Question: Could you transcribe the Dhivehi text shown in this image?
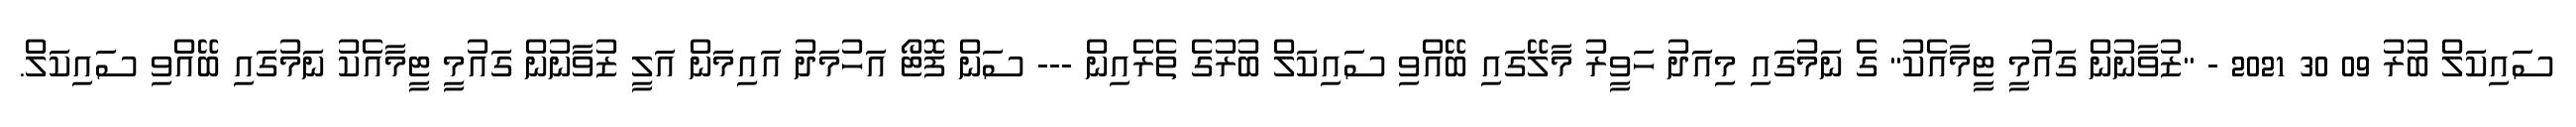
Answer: ސައިކަލް ބުރު 09 30 2021 - "ޒުވާނުން ގައުމީ ޓީމާއެކު" ގެ ނަމުގައި މިއަދު ހަވީރު މާލޭގައި ބޭއްވި ސައިކަލް ބުރުގެ ތެރެއިން --- ސަން ފޮޓޯ އަހުމަދު އައިމަން އަލީ ޒުވާނުން ގައުމީ ޓީމާއެކު ނަމުގައި ބޭއްވި ސައިކަލް.